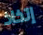
إتخاذ